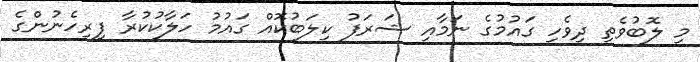
މި ލޮބުވެތި ދިވެހި ގައުމުގެ ނަމާއި ޝަރަފު ކިލަބުކޮއް ގައުމު ހަލާކުކުރާ ފިރިހެނުންގެ